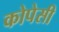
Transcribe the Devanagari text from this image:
कोपेसी